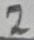
Text: 2